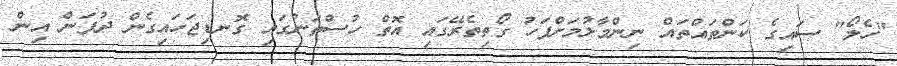
"ހެލޯ" ސައިގެ ކަންތައްތައް ނިންމާލުމަށްފަހު ގޯތިތެރޭގައި އޮތް ހުސްތަނުގައި ގޮނޑިޖަހައިގެން ދުފަން އިން